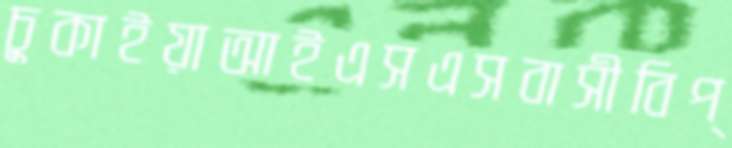
চুকাইয়াআইএসএসবাসীবিপ্